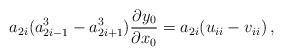
LaTeX: \begin{align*}a_{2i}(a_{2i-1}^{3}-a_{2i+1}^{3})\frac{\partial y_{0}}{\partial x_{0}} &= a_{2i}(u_{ii}-v_{ii})\,,\end{align*}